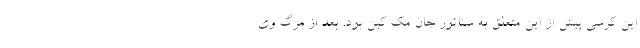
این کرسی پیش از این متعلق به سناتور جان مک کین بود. بعد از مرگ وی